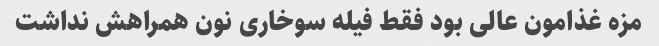
مزه غذامون عالی بود فقط فیله سوخاری نون همراهش نداشت